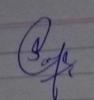
Signature authenticity: genuine